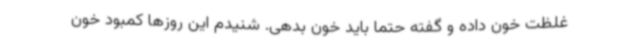
غلظت خون داده و گفته حتما باید خون بدهی. شنیدم این روزها کمبود خون